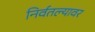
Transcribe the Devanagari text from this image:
निर्वतल्यावर